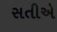
સતીએ